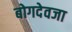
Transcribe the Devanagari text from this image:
बोगदेवजा